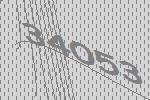
34053